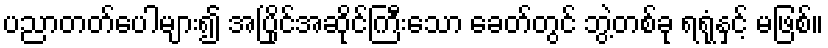
ပညာတတ်ပေါများ၍ အပြိုင်အဆိုင်ကြီးသော ခေတ်တွင် ဘွဲ့တစ်ခု ရရုံနှင့် မဖြစ်။